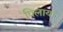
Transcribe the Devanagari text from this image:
पिलाया